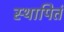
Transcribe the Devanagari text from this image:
स्थापितं